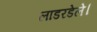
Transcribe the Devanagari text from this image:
लाडरडेले।